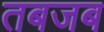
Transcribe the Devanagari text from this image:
तबजब